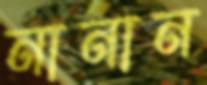
নানান